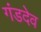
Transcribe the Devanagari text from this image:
गंडदेव